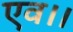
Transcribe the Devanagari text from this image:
एव।।